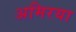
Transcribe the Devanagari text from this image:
अमिरया